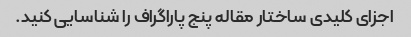
اجزای کلیدی ساختار مقاله پنج پاراگراف را شناسایی کنید.